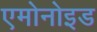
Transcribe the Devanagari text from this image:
एमोनोइड